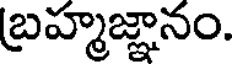
బ్రహ్మజ్ఞానం.